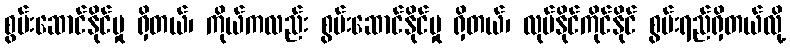
စွမ်းဆောင်နိုင်မှု ရှိတယ်၊ ကိုယ်ကလည်း စွမ်းဆောင်နိုင်မှု ရှိတယ်၊ လုပ်နိုင်ကိုင်နိုင် စွမ်းရည်ရှိတယ်လို့